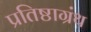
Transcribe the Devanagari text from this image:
प्रतिष्ठाग्रंथ